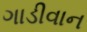
ગાડીવાન